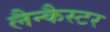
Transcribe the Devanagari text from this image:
लैन्कैस्टर